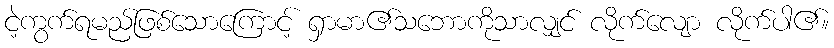
ငဲ့ကွက်ရမည်ဖြစ်သောကြောင့် ရှာမာ၏သဘောကိုသာလျှင် လိုက်လျော လိုက်ပါ၏။